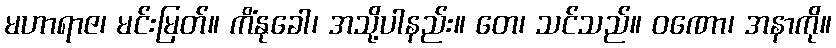
မဟာရာဇ၊ မင်းမြတ်။ ကိံနုခေါ၊ အသို့ပါနည်း။ တေ၊ သင်သည်။ ဝဏော၊ အနာကို။